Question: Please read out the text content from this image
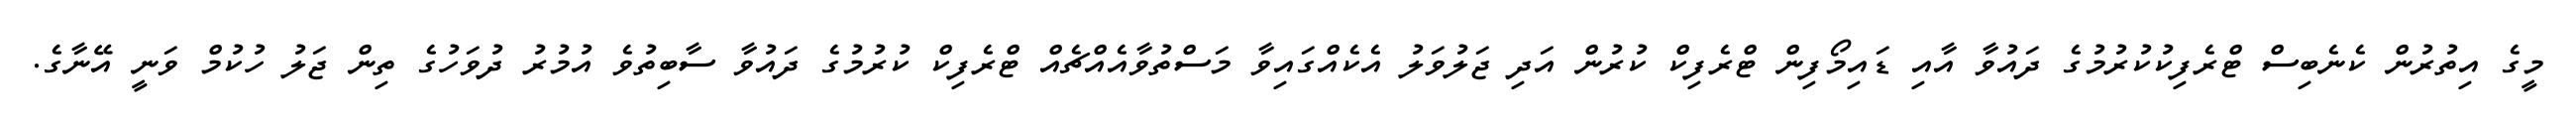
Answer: މީގެ އިތުރުން ކެނެބިސް ޓްރެފިކުކުރުމުގެ ދައުވާ އާއި ޑައިމޯފިން ޓްރެފިކް ކުރުން އަދި ޖަލުވަލު އެކެއްގައިވާ މަސްތުވާއެއްޗެއް ޓްރެފިކް ކުރުމުގެ ދައުވާ ސާބިތުވެ އުމުރު ދުވަހުގެ ތިން ޖަލު ހުކުމް ވަނީ އޭނާގެ.